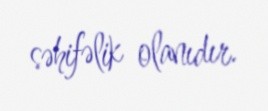
səhifəlik olanıdır.